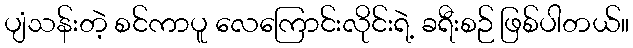
ပျံသန်းတဲ့ စင်ကာပူ လေကြောင်းလိုင်းရဲ့ ခရီးစဉ် ဖြစ်ပါတယ်။